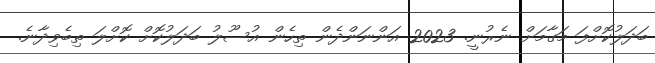
ބަދަލުކޮށްފަ މަގާމަށް ނެރުނީ. 2023 އަންނަންދެން ތިހެން އުސޫލު ބަދަލުކޮށް ކޮށްްލަ ތިބެވިދާނެ.